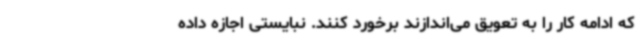
که ادامه کار را به تعویق می‌اندازند برخورد کنند. نبایستی اجازه داده